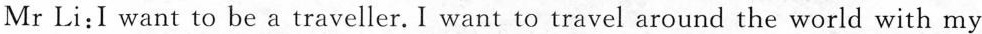
Mr Li: I want to be a traveller. I want to travel around the world with my